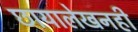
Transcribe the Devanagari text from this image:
छायालेखनही